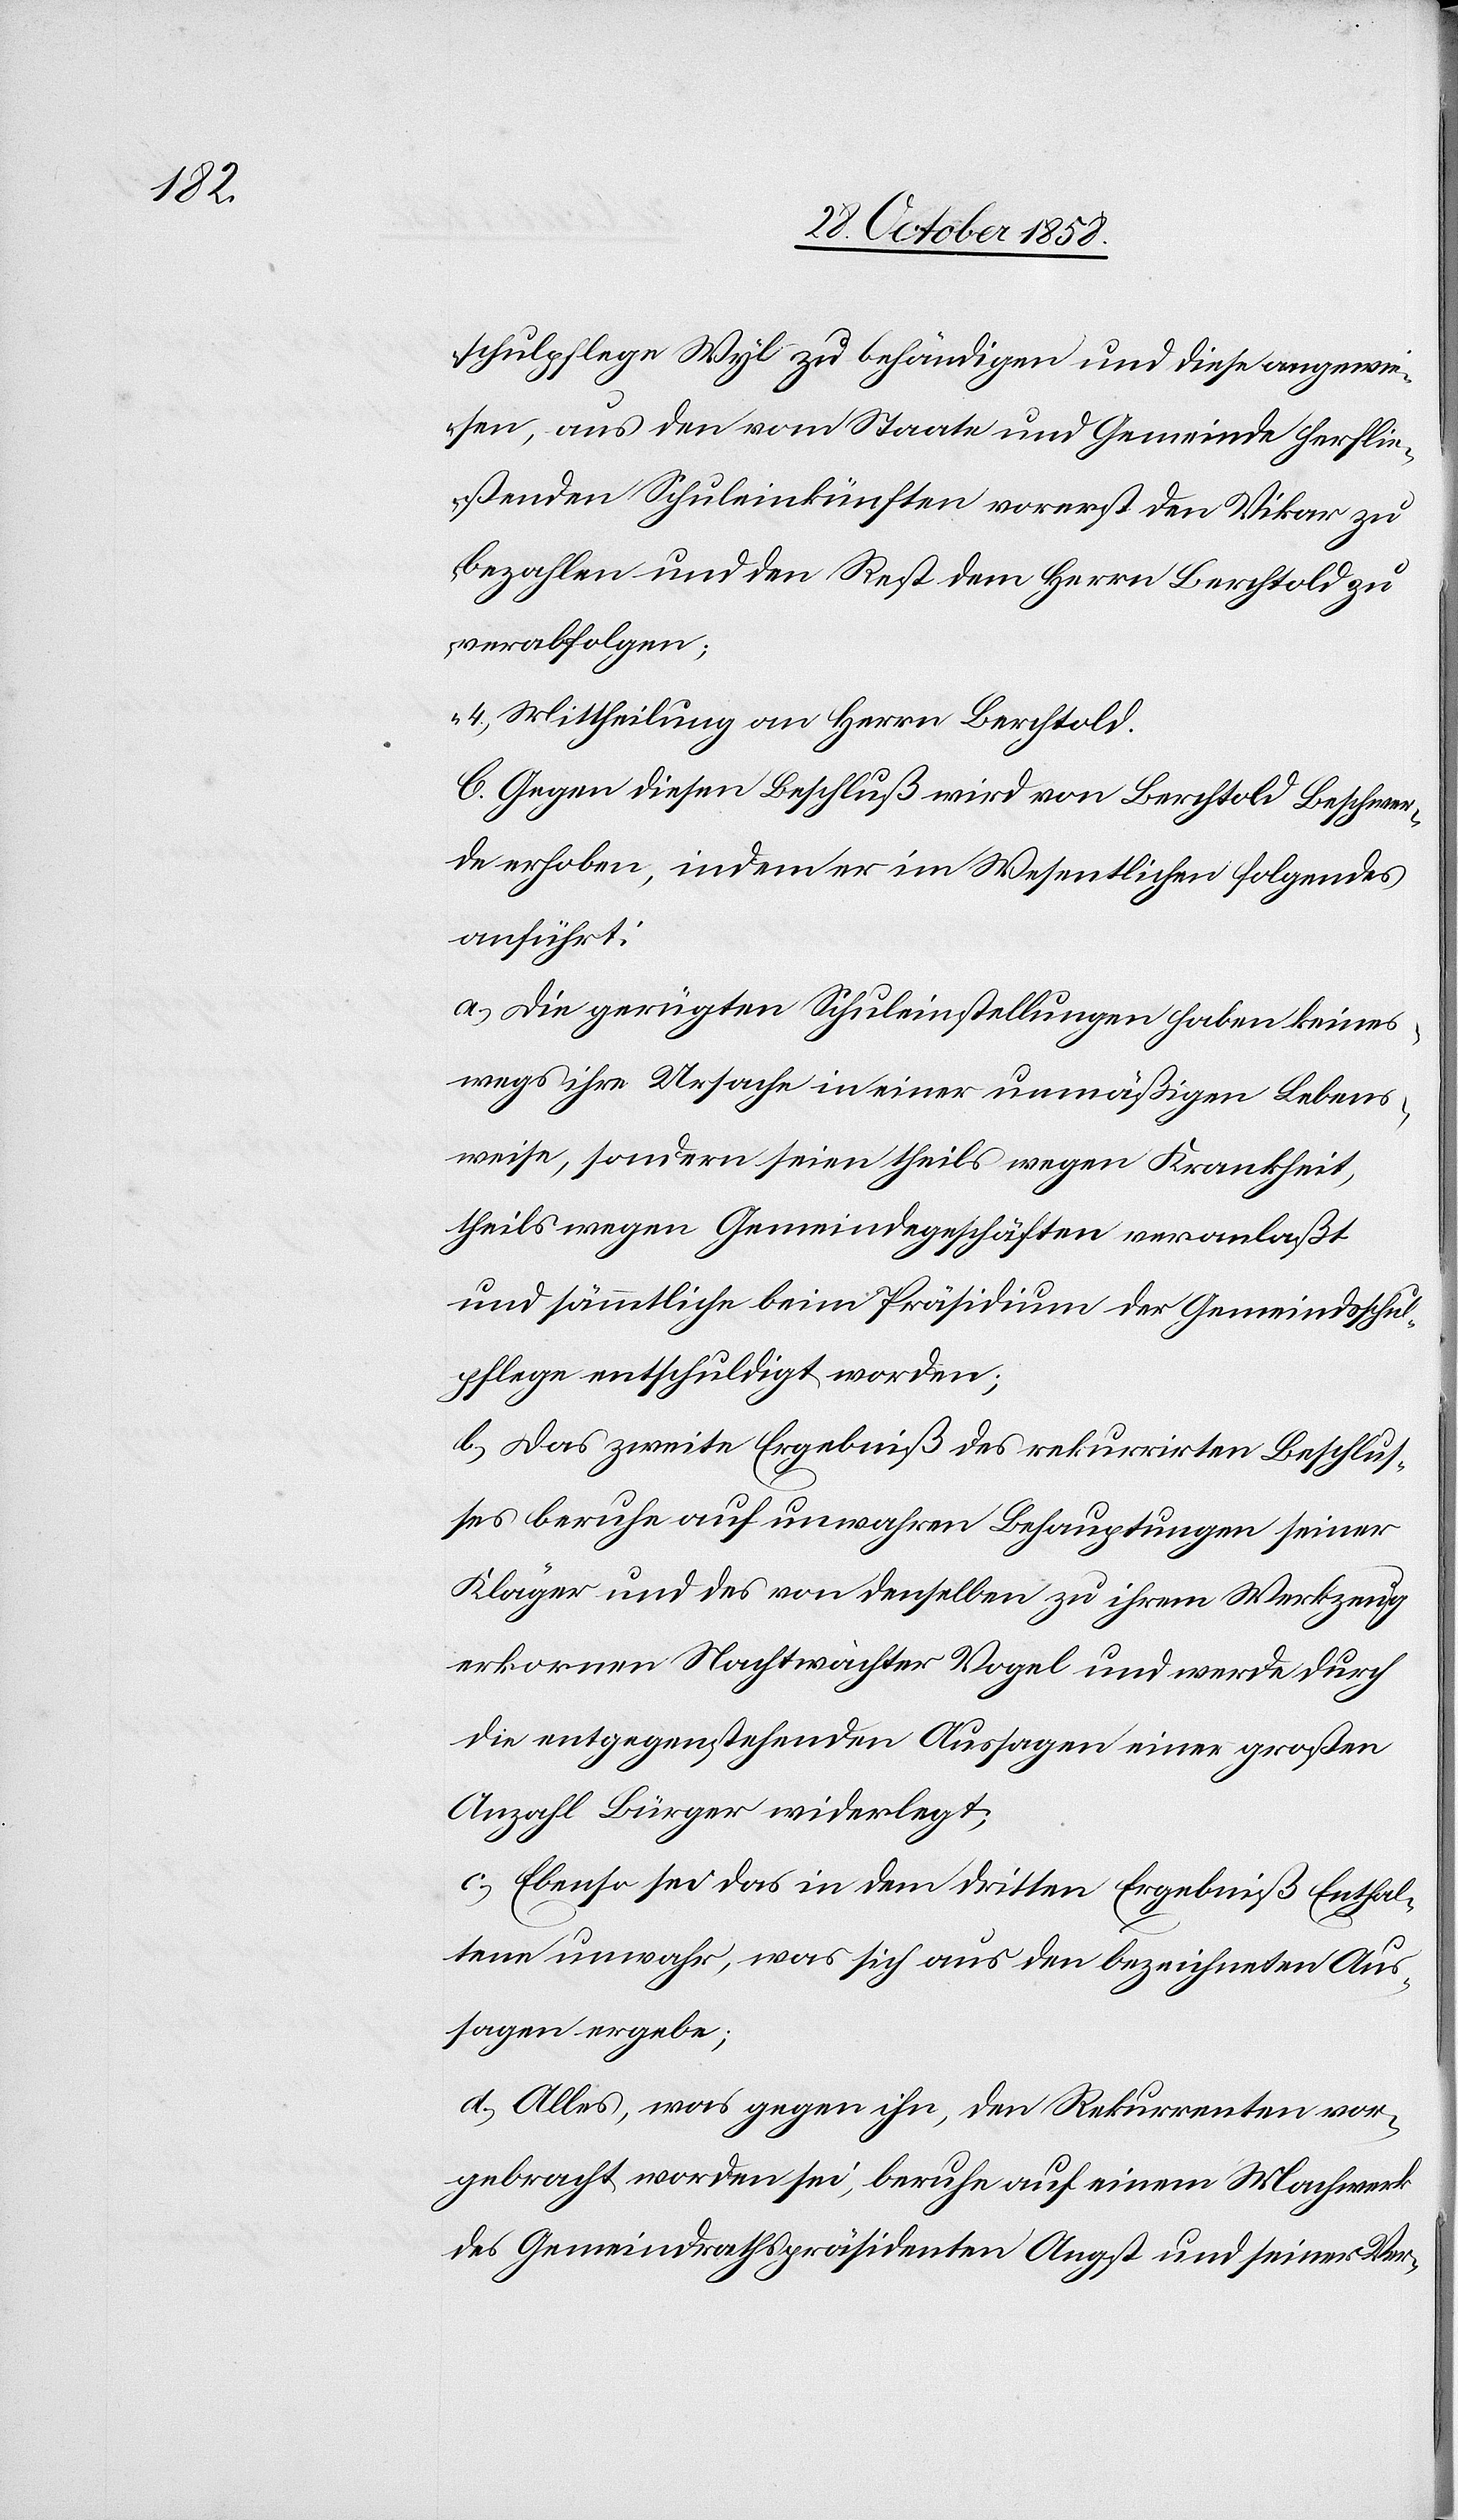
schulpflege Wyl zu behändigen und diese angewie¬
sen, aus den vom Staate und Gemeinde herflie¬
ßenden Schuleinkünften vorerst den Vikar zu
bezahlen und den Rest dem Herrn Berchtold zu
verabfolgen;
4.) Mittheilung an Herrn Berchtold.[“]
C. Gegen diesen Beschluß wird von Berchtold Beschwer¬
de erhoben, indem er im Wesentlichen folgendes
anführt:
a.) Die gerügten Schuleinstellungen haben keines¬
wegs ihre Ursache in einer unmäßigen Lebens¬
weise, sondern seien theils wegen Krankheit,
theils wegen Gemeindegeschäften veranlaßt
und sämmtliche beim Präsidium der Gemeindsschul¬
pflege entschuldigt worden;
b.) Das zweite Ergebniß des rekurrirten Beschlus¬
ses beruhe auf unwahren Behauptungen seiner
Kläger und des von denselben zu ihrem Werkzeug
erkornen Nachtwächter Vogel und werde durch
die entgegenstehenden Aussagen einer großen
Anzahl Bürger widerlegt;
c.) Ebenso sei das in dem dritten Ergebniß Enthal¬
tene unwahr, was sich aus den bezeichneten Aus¬
sagen ergebe;
d.) Alles, was gegen ihn, den Rekurrenten vor¬
gebracht worden sei, beruhe auf einem Machwerk
des Gemeindrathspräsidenten Angst und seiner Ver-